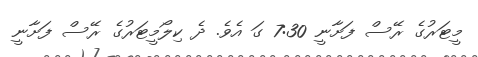
މީޓަރުގެ ރޭސް ފަށާނީ 7:30 ގަ އެވެ. ދެ ކިލޯމީޓަރުގެ ރޭސް ފަށާނީ